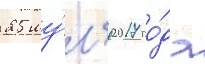
25 иу́л'я 2017 го́да